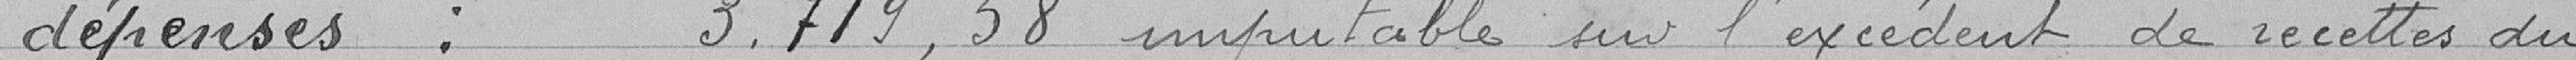
dépenses : 3 719.38 francs imputable sur l'excédent de recettes du